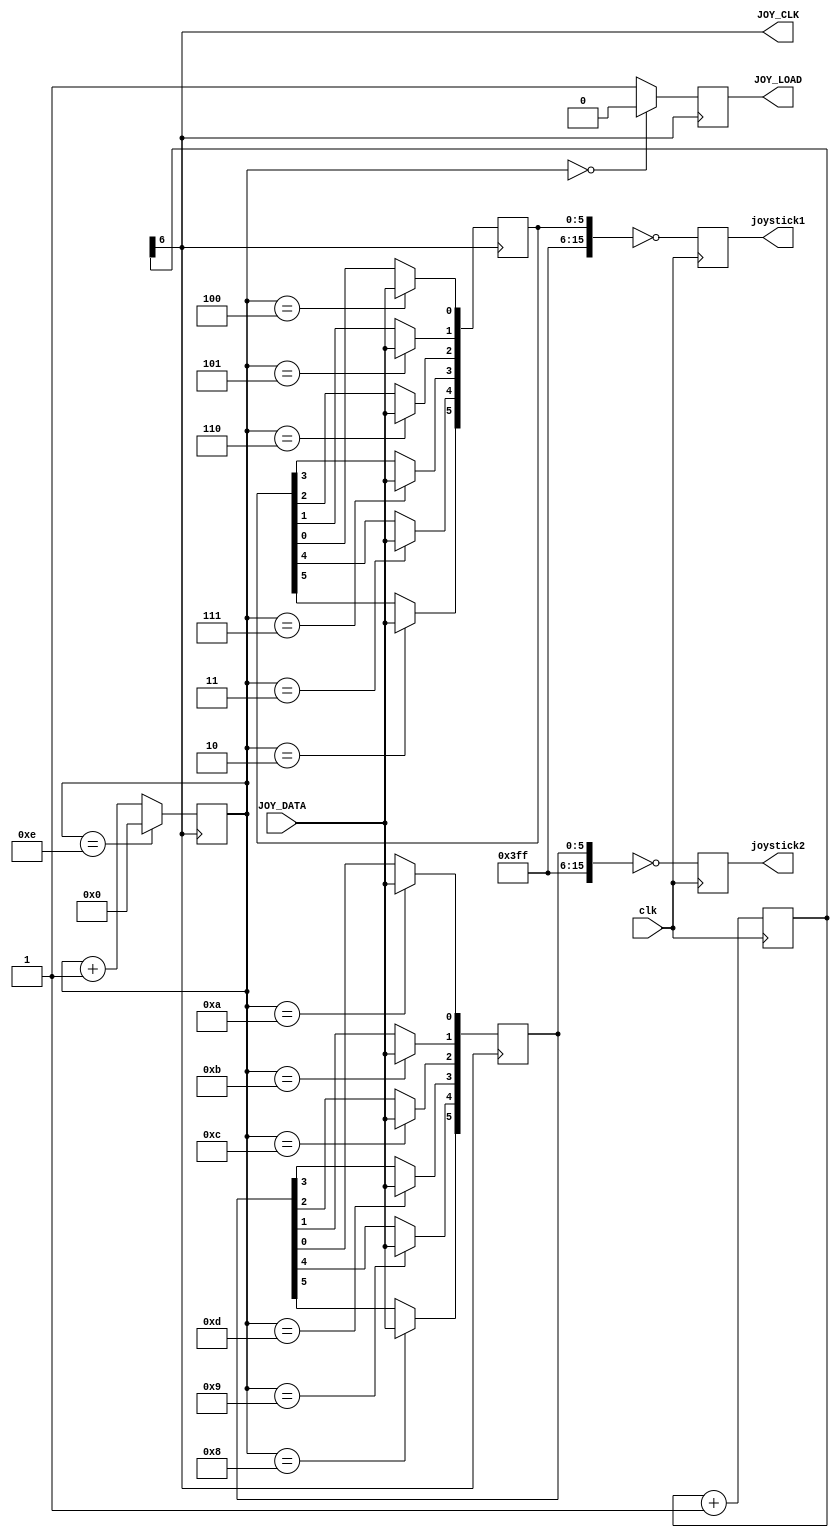
/*
  
   Multicore 2 / Multicore 2+
  
   Copyright (c) 2017-2020 - Victor Trucco

  
   All rights reserved
  
   Redistribution and use in source and synthezised forms, with or without
   modification, are permitted provided that the following conditions are met:
  
   Redistributions of source code must retain the above copyright notice,
   this list of conditions and the following disclaimer.
  
   Redistributions in synthesized form must reproduce the above copyright
   notice, this list of conditions and the following disclaimer in the
   documentation and/or other materials provided with the distribution.
  
   Neither the name of the author nor the names of other contributors may
   be used to endorse or promote products derived from this software without
   specific prior written permission.
  
   THIS CODE IS PROVIDED BY THE COPYRIGHT HOLDERS AND CONTRIBUTORS "AS IS"
   AND ANY EXPRESS OR IMPLIED WARRANTIES, INCLUDING, BUT NOT LIMITED TO,
   THE IMPLIED WARRANTIES OF MERCHANTABILITY AND FITNESS FOR A PARTICULAR
   PURPOSE ARE DISCLAIMED. IN NO EVENT SHALL THE AUTHOR OR CONTRIBUTORS BE
   LIABLE FOR ANY DIRECT, INDIRECT, INCIDENTAL, SPECIAL, EXEMPLARY, OR
   CONSEQUENTIAL DAMAGES (INCLUDING, BUT NOT LIMITED TO, PROCUREMENT OF
   SUBSTITUTE GOODS OR SERVICES; LOSS OF USE, DATA, OR PROFITS; OR BUSINESS
   INTERRUPTION) HOWEVER CAUSED AND ON ANY THEORY OF LIABILITY, WHETHER IN
   CONTRACT, STRICT LIABILITY, OR TORT (INCLUDING NEGLIGENCE OR OTHERWISE)
   ARISING IN ANY WAY OUT OF THE USE OF THIS SOFTWARE, EVEN IF ADVISED OF THE
   POSSIBILITY OF SUCH DAMAGE.
  
   You are responsible for any legal issues arising from your use of this code.
  
*/module joy_db9 
(
 input  clk,      //Reloj de Entrada sobre 48-50Mhz
 output JOY_CLK,
 output JOY_LOAD,   
 input  JOY_DATA, 
 output reg [15:0] joystick1,
 output reg [15:0] joystick2
);
//Gestion de Joystick
reg [7:0] JCLOCKS;
always @(posedge clk) begin 
   JCLOCKS <= JCLOCKS +8'd1;
end

reg [15:0] joy1  = 16'hFFFF, joy2  = 16'hFFFF;
reg joy_renew = 1'b1;
reg [4:0]joy_count = 5'd0;
   
assign JOY_CLK = JCLOCKS[6];
assign JOY_LOAD = joy_renew;
always @(posedge JOY_CLK) begin 
    if (joy_count == 5'd0) begin
       joy_renew = 1'b0;
    end else begin
       joy_renew = 1'b1;
    end
    if (joy_count == 5'd14) begin
      joy_count = 5'd0;
    end else begin
      joy_count = joy_count + 1'd1;
    end      
end
always @(posedge JOY_CLK) begin
    case (joy_count)
				5'd2  : joy1[5]  <= JOY_DATA; //1p Fuego 2
				5'd3  : joy1[4]  <= JOY_DATA; //1p Fuego 1 
				5'd4  : joy1[0]  <= JOY_DATA; //1p Derecha 
				5'd5  : joy1[1]  <= JOY_DATA; //1p Izquierda
				5'd6  : joy1[2]  <= JOY_DATA; //1p Abajo
				5'd7  : joy1[3]  <= JOY_DATA; //1p Ariba
				5'd8  : joy2[5]  <= JOY_DATA; //2p Fuego 2
				5'd9  : joy2[4]  <= JOY_DATA; //2p Fuego 1
				5'd10 : joy2[0]  <= JOY_DATA; //2p Derecha
				5'd11 : joy2[1]  <= JOY_DATA; //2p Izquierda
				5'd12 : joy2[2]  <= JOY_DATA; //2p Abajo
				5'd13 : joy2[3]  <= JOY_DATA; //2p Arriba
    endcase              
end
always @(posedge clk) begin
`ifndef JOY_GUNSMOKE
    joystick1[15:0] <=  ~joy1;
    joystick2[15:0] <=  ~joy2;

`else //Se convierte 1 disparo mas direccion, a 3 disparos.
	joystick1[15:7] <=  ~joy1[15:7];
	joystick1[3:0]  <=  ~joy1[3:0];
	joystick1[4]    <=  ~joy1[4] &  joy1[0] & ~joy1[1]; //pulsado Fuego e Izquierda
	joystick1[5]    <=  ~joy1[4] &  joy1[0] &  joy1[1]; //Solo pulsado el fuego sin derecha ni izda
	joystick1[6]    <=  ~joy1[4] & ~joy1[0] &  joy1[1]; //pulsado Fuego y Derecha
	

	joystick2[15:7] <=  ~joy2[15:7];
	joystick2[3:0]  <=  ~joy2[3:0];
	joystick2[4]    <=  ~joy2[4] &  joy2[0] & ~joy2[1]; //pulsado Fuego e Izquierda
	joystick2[5]    <=  ~joy2[4] &  joy2[0] &  joy2[1]; //Solo pulsado el fuego sin derecha ni izda
	joystick2[6]    <=  ~joy2[4] & ~joy2[0] &  joy2[1]; //pulsado Fuego y Derecha
`endif	
end

endmodule